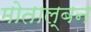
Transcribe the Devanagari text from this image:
मोताल्बन